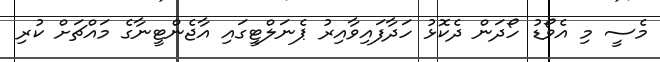
މެސީ މި އެވޯޑު ހޯދަން ދެކޮޅު ހަދާފައިވާއިރު ޕެނަލްޓީގައި އާޖެންޓީނާގެ މައްޗަށް ކުރި